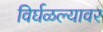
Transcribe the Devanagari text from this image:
विर्घळल्यावर